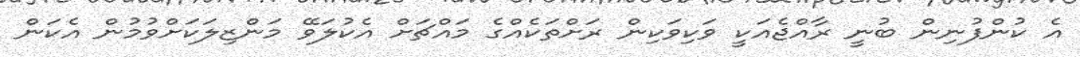
އެ ކުންފުނިން ބުނީ ރާއްޖެއަކީ ވަކިވަކިން ރަށްތަކެއްގެ މައްޗަށް އެކުލަވޭ މަންޒިލަކަށްވުމުން އެކަން